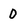
Character: D